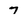
Character: 7